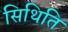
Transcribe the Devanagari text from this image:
सिथिति